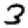
Digit: 3